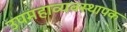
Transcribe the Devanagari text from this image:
उपमहाव्यवस्थापक